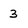
Character: 3